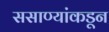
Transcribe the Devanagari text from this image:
ससाण्यांकडून